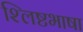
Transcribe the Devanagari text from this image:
श्लिष्टभाषा